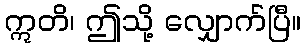
ဣတိ၊ ဤသို့ လျှောက်ပြီ။